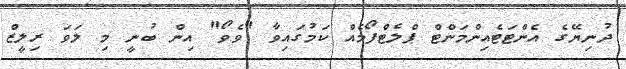
ދުނިޔޭގެ އެންޓަޓެއިންމަންޓް ޕްލެޓްފޯމެއް ކަމުގައިވާ "ވެވޯ" އިން ބުނީ މި ލަވަ ރިލީޒް